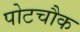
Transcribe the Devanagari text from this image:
पोटचौक